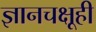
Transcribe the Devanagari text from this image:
ज्ञानचक्षूही